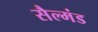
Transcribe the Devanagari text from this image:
सैल्मंड